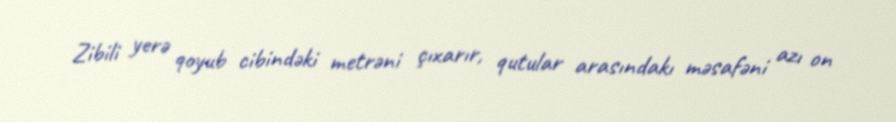
Zibili yerə qoyub cibindəki metrəni çıxarır, qutular arasındakı məsafəni azı on